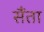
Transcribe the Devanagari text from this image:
सैंता